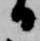
日